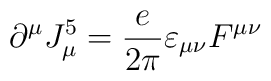
\partial^\mu J^5_\mu = {\frac{e}{2\pi}}\varepsilon_{\mu\nu}F^{\mu\nu}